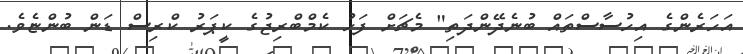
އަހަރެންގެ އިހުސާސްތައް ބުނެދޭންދަތި" މެޗަށް ފަހު ކެމްބްރިޖުގެ ކީޕަރު ކްރިސް ޑަން ބުންޏެވެ.